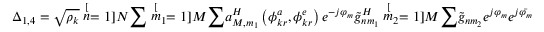
\Delta _ { 1 , 4 } = \sqrt { \rho _ { k } } \stackrel [ n = 1 ] { N } { \sum } \stackrel [ m _ { 1 } = 1 ] { M } { \sum } a _ { M , m _ { 1 } } ^ { H } \left( \phi _ { k r } ^ { a } , \phi _ { k r } ^ { e } \right) e ^ { - j \varphi _ { m } } \tilde { g } _ { n m _ { 1 } } ^ { H } \stackrel [ m _ { 2 } = 1 ] { M } { \sum } \tilde { g } _ { n m _ { 2 } } e ^ { j \varphi _ { m } } e ^ { j \bar { \varphi _ { m } } }